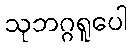
သုဘဂ္ဂရူပေါ